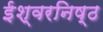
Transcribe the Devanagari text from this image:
ईश्वरनिष्ठ